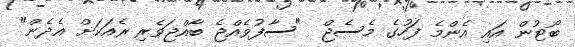
ބޯޓުން އައި އެންމެ ފަހުގެ މެސެޖް  "ސާފުވެއްޖެ ބާއްޖަވެރި ރެއަކަށް އެދެން"